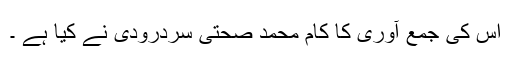
اس کی جمع آوری کا کام محمد صحتی سردرودی نے کیا ہے ۔